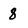
Character: 8